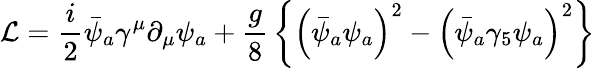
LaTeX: {\cal L}={\frac{i}{2}}\bar{\psi}_{a}\gamma^{\mu}\partial_{\mu}\psi_{a}+{\frac{g}{8}}\left\{ \left(\bar{\psi}_{a}\psi_{a}\right)^{2}-\left(\bar{\psi}_{a}\gamma_{5}\psi_{a}\right)^{2}\right\}